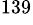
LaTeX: ^{139}